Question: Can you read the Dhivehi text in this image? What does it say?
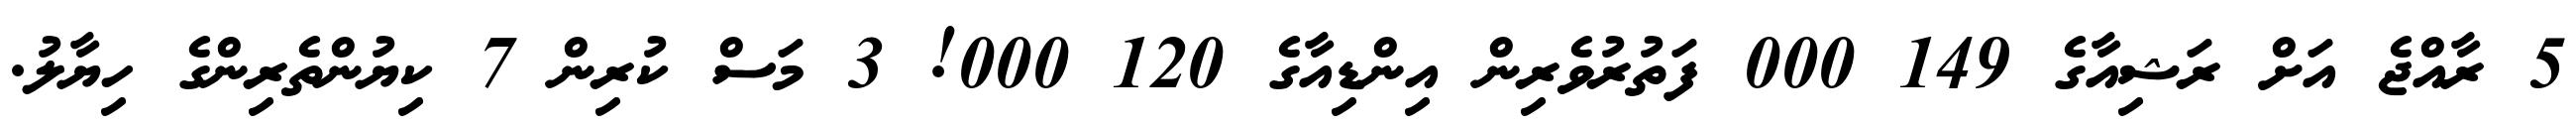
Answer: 5 ރާއްޖެ އަށް ރަޝިއާގެ 149 000 ފަތުރުވެރިން އިންޑިއާގެ 120 000! 3 މަސް ކުރިން 7 ކިޔުންތެރިންގެ ހިޔާލު.